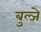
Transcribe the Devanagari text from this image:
बुल्जे